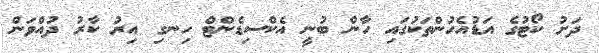
ދަށު ކޯޓުގެ އަޑުއެހުންތަކުގައި ހާން ބުނީ އެކްސިޑެންޓް ހިނގި އިރު ކާރު ދުއްވަން